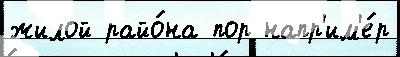
жилой райо́на пор напр'им'е́р